Riigikantselei, lk 36
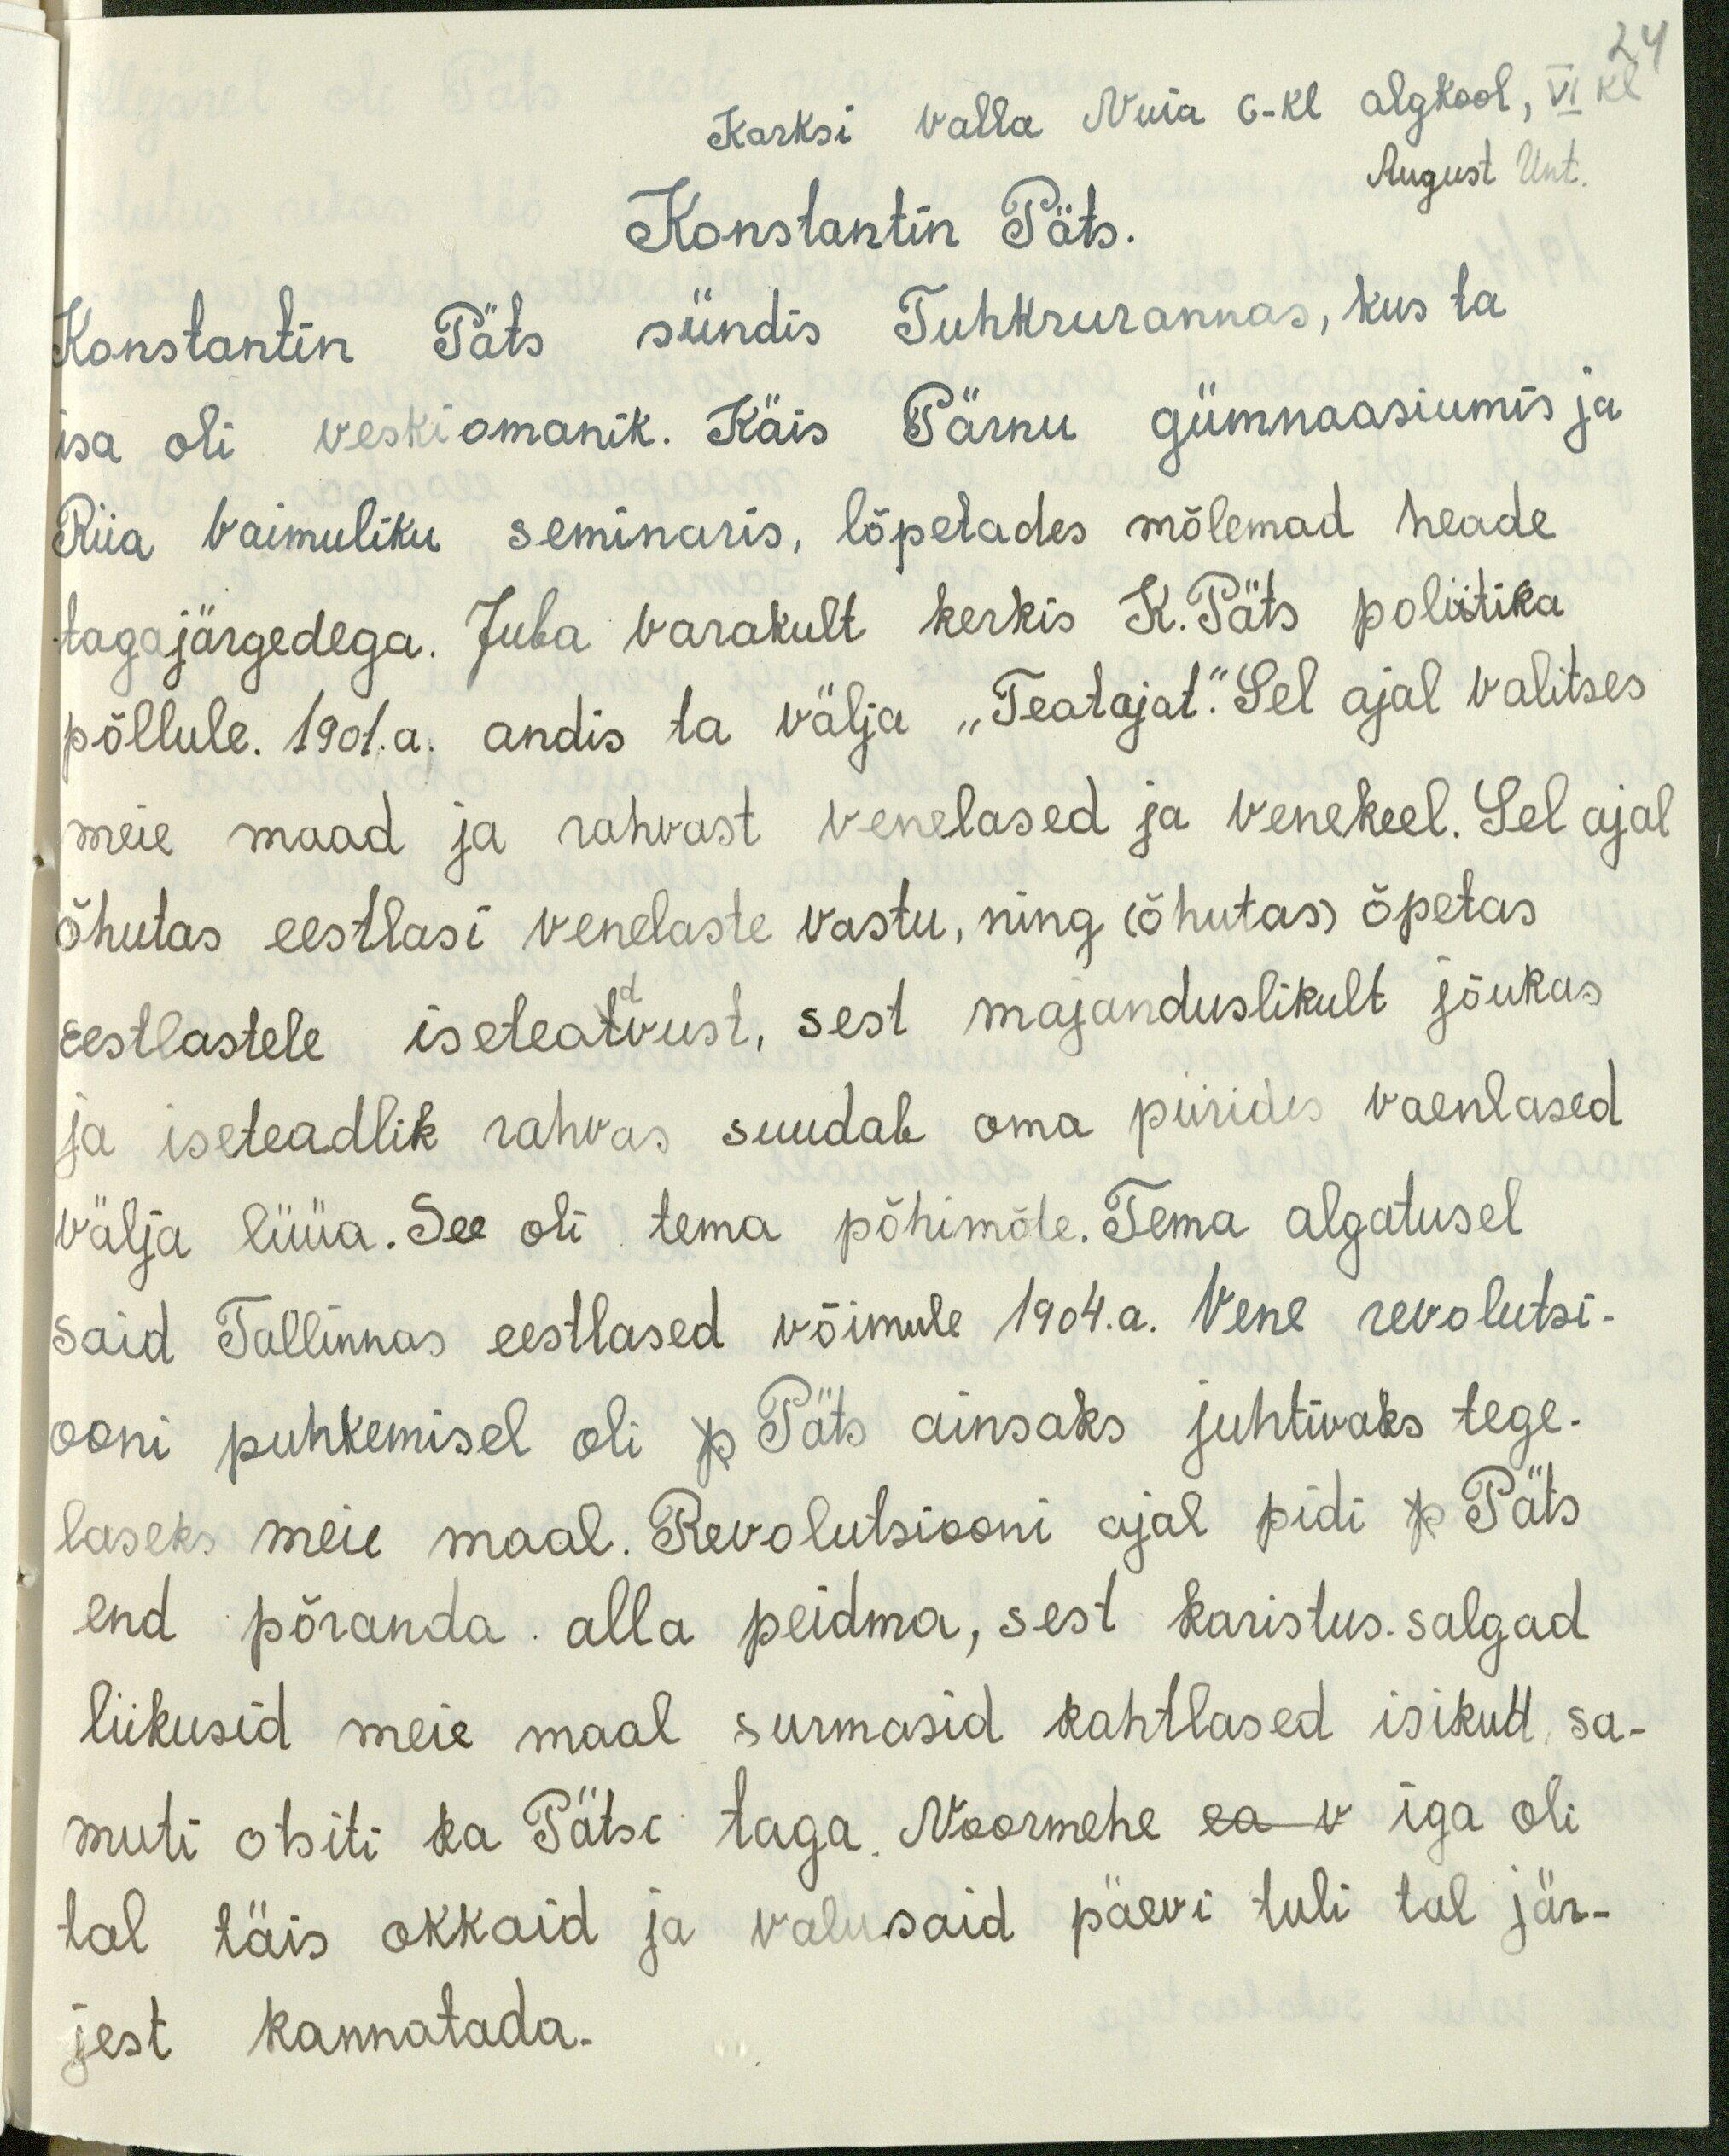
24
Karksi valla Nuia 6-kl algkool, VI kl
Konstantin Päts.
August Unt.
Konstantin Päts sündis Tuhkrurannas, kus ta
isa oli veskiomanik. Käis Pärnu gümnaasiumis ja
Riia Vaimuliku seminaris, lõpetades mõlemad heade
tagajärgedega. Juba varakult kerkis K. Päts poliitika
põllule. 1901. a. andis ta välja "Teatajat." Sel ajal valitses
meie maad ja rahvast venelased ja venekeel. Sel ajal
õhutas eestlasi venelaste vastu, ning (õhutas) õpetas
Eestlastele iseteadvust, sest majanduslikult jõukas
ja iseteadlik rahvas suudab oma piirides vaenlased
välja lüüa. See oli tema põhimõde. Tema algatusel
said Tallinnas eestlased võimule 1904.a. Vene revolutsi
ooni puhkemisel oli p Päts ainsaks juhtivaks tege-
laseks meie maal. Revolutsiooni ajal pidi p Päts
end põranda alla peidma, sest karistus.salgad
liikusid meie maal surmasid kahtlased isikud, sa-
muti otsiti ka Pätsi taga. Noormehe ea v iga oli
tal täis okkaid ja valusaid päevi tuli tal jär-
jest kannatada.